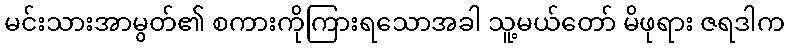
မင်းသားအာမွတ်၏ စကားကိုကြားရသောအခါ သူ့မယ်တော် မိဖုရား ဇရဒါက